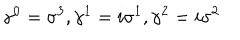
LaTeX: { \gamma } ^ { 0 } = { \sigma } ^ { 3 } , { \gamma } ^ { 1 } = i { \sigma } ^ { 1 } , { \gamma } ^ { 2 } = i { \sigma } ^ { 2 }